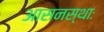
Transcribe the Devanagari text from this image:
आसनस्थाः